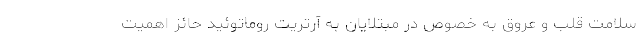
سلامت قلب و عروق به خصوص در مبتلایان به آرتریت روماتوئید حائز اهمیت